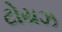
ટોયઝ